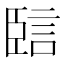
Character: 䛗